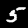
Label: 5